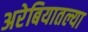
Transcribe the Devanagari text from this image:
अरेबियातल्या